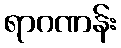
ရာဂဏန်း